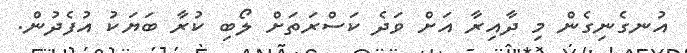
އުނގެނިގެން މި ދާއިރާ އަށް ވަދެ ކަސްރަތަށް ލޯބި ކުރާ ބަޔަކު އުފެދުން.